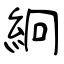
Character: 絅